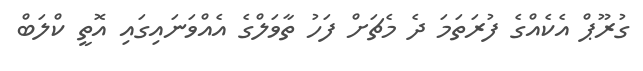
ގުރޫޕް އެކެއްގެ ފުރަތަމަ ދެ މެޗަށް ފަހު ތާވަލްގެ އެއްވަނައިގައި އޮތީ ކްލަބް